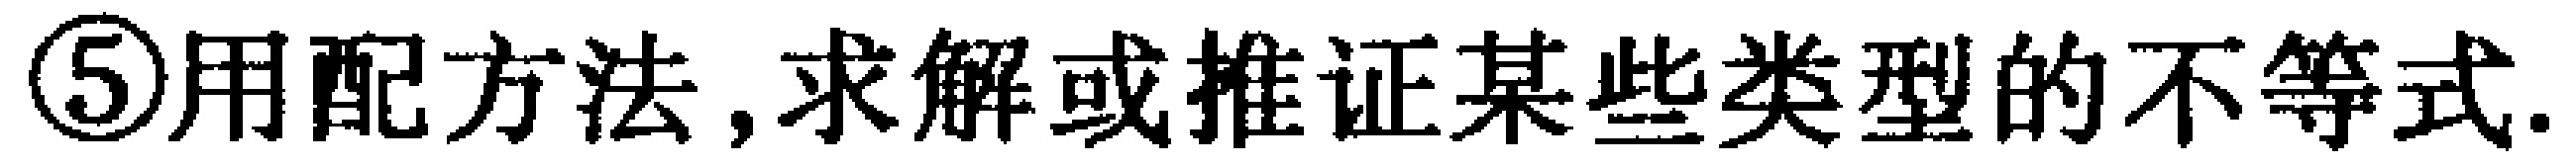
\textcircled{5}用配方法,求解或推证某些类型的不等式.